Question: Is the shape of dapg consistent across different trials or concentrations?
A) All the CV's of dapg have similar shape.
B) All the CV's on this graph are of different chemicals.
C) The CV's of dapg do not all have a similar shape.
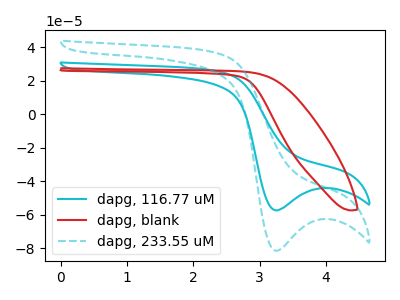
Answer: <think>The cyan curve "dapg, 116.77 uM" has a cathodic peak at: (3.25V, -57.40uA). The red curve "dapg, blank" has no peaks. The cyan dashed curve "dapg, 233.55 uM" has a cathodic peak at: (3.25V, -81.45uA).
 "dapg, 116.77 uM" and "dapg, blank" have a different number of peaks. All the peaks in "dapg, 116.77 uM" have a peak in "dapg, 233.55 uM" at the same potential. Every peak in "dapg, 116.77 uM" is lower than every peak in "dapg, 233.55 uM". "dapg, blank" and "dapg, 233.55 uM" have a different number of peaks.</think>
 <answer>A) All the CV's of "dapg" have similar shape.</answer>
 <eval>A</eval>